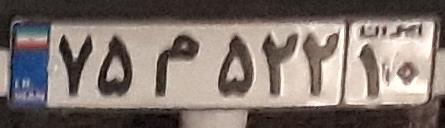
۷۵م۵۲۲۱۰